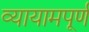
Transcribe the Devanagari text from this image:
व्यायामपूर्ण